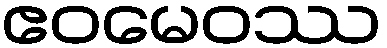
ဧဝမေဝဿ